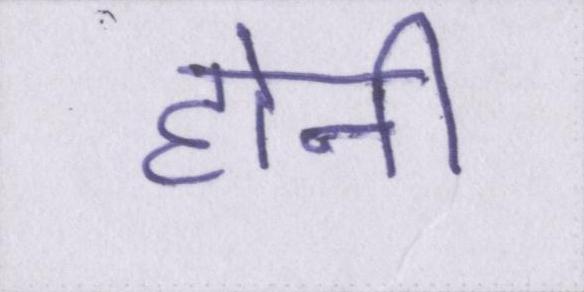
होनी